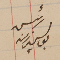
رئيس يوسف زينه